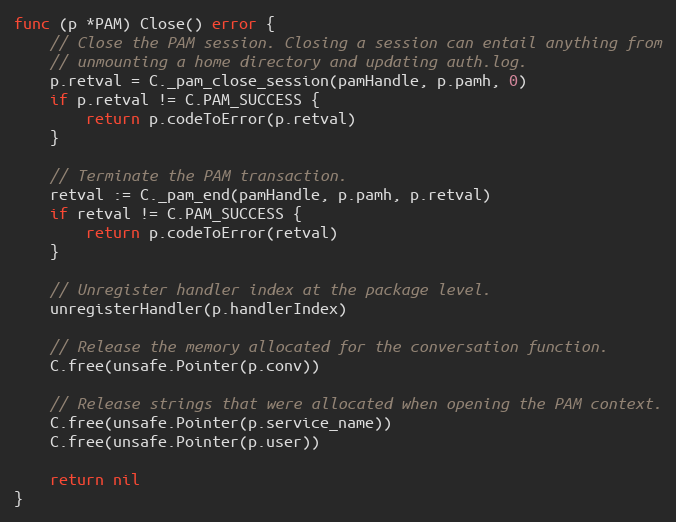
Language: Go
func (p *PAM) Close() error {
	// Close the PAM session. Closing a session can entail anything from
	// unmounting a home directory and updating auth.log.
	p.retval = C._pam_close_session(pamHandle, p.pamh, 0)
	if p.retval != C.PAM_SUCCESS {
		return p.codeToError(p.retval)
	}

	// Terminate the PAM transaction.
	retval := C._pam_end(pamHandle, p.pamh, p.retval)
	if retval != C.PAM_SUCCESS {
		return p.codeToError(retval)
	}

	// Unregister handler index at the package level.
	unregisterHandler(p.handlerIndex)

	// Release the memory allocated for the conversation function.
	C.free(unsafe.Pointer(p.conv))

	// Release strings that were allocated when opening the PAM context.
	C.free(unsafe.Pointer(p.service_name))
	C.free(unsafe.Pointer(p.user))

	return nil
}